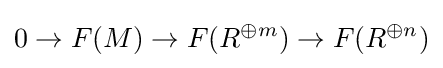
0\to F(M)\to F(R^{\oplus m})\to F(R^{\oplus n})